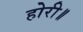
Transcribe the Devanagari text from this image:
होरी॥